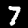
Label: 7